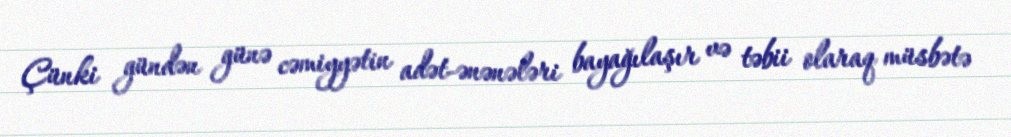
Çünki gündən günə cəmiyyətin adət-ənənələri bayağılaşır və təbii olaraq müsbətə